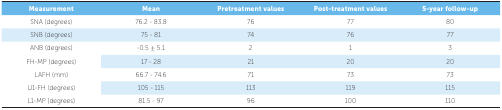
<table><thead><tr><td><b>Measurement</b></td><td><b>Mean</b></td><td><b>Pretreatment values</b></td><td><b>Post-treatment values</b></td><td><b>5-year follow-up</b></td></tr></thead><tbody><tr><td> SNA (degrees)</td><td> 76.2 - 83.8</td><td> 76</td><td> 77</td><td> 80</td></tr><tr><td> SNB (degrees)</td><td> 75 - 81</td><td> 74</td><td> 76</td><td> 77</td></tr><tr><td> ANB (degrees)</td><td> -0.5 ± 5.1</td><td> 2</td><td> 1</td><td> 3</td></tr><tr><td> FH-MP (degrees)</td><td> 17 - 28</td><td> 21</td><td> 20</td><td> 20</td></tr><tr><td> LAFH (mm)</td><td> 66.7 - 74.6</td><td> 71</td><td> 73</td><td> 73</td></tr><tr><td> U1-FH (degrees)</td><td> 105 - 115</td><td> 113</td><td> 119</td><td> 115</td></tr><tr><td> L1-MP (degrees)</td><td> 81.5 - 97</td><td> 96</td><td> 100</td><td> 110</td></tr></tbody></table>